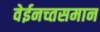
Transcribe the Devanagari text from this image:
वेईनच्तसमान